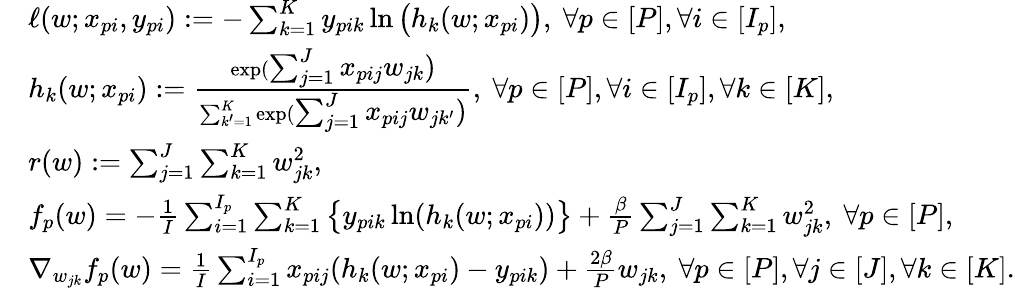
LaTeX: \begin{array}{rl}&{\ell(w;x_{pi},y_{pi}):=-\textstyle\sum_{k=1}^{K}y_{pik}\ln\big(h_{k}(w;x_{pi})\big),\ \forall p\in[P],\forall i\in[I_{p}],}\\ &{h_{k}(w;x_{pi}):=\frac{\exp(\textstyle\sum_{j=1}^{J}x_{pij}w_{jk})}{\sum_{k^{\prime}=1}^{K}\exp(\textstyle\sum_{j=1}^{J}x_{pij}w_{jk^{\prime}})},\ \forall p\in[P],\forall i\in[I_{p}],\forall k\in[K],}\\ &{r(w):=\textstyle\sum_{j=1}^{J}\sum_{k=1}^{K}w_{jk}^{2},}\\ &{f_{p}(w)=\textstyle-\frac{1}{I}\sum_{i=1}^{I_{p}}\sum_{k=1}^{K}\big\{ y_{pik}\ln(h_{k}(w;x_{pi}))\big\} +\frac{\beta}{P}\sum_{j=1}^{J}\sum_{k=1}^{K}w_{jk}^{2},\ \forall p\in[P],}\\ &{\nabla_{w_{jk}}f_{p}(w)=\textstyle\frac{1}{I}\sum_{i=1}^{I_{p}}x_{pij}(h_{k}(w;x_{pi})-y_{pik})+\frac{2\beta}{P}w_{jk},\ \forall p\in[P],\forall j\in[J],\forall k\in[K].}\end{array}